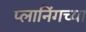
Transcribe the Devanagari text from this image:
प्लानिंगच्या